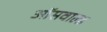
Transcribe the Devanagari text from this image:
ऑसवाल्ड